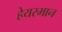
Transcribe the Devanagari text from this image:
हेयरमान